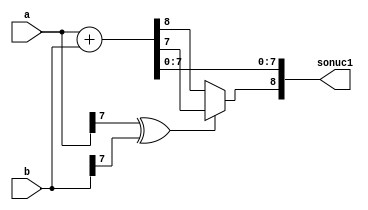
module fixed_point_toplama(
	input signed [7:0] a, 
	input signed [7:0] b,
	output reg signed [8:0] sonuc1
    );
	
	always @(*) begin
		
		if (a[7] ^ b[7] == 1'b1) begin
		
			sonuc1 = a + b;
			
			sonuc1[8] = sonuc1[7];
			
		end
		else begin
			
			sonuc1 = a + b;
		
		end
		
	end
	
endmodule